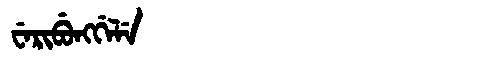
Manchu: ᠸᡝᡵᡳᠪᡠᠩᡤᡝᠯᡝ
Romanization: WERIBUNGGELE